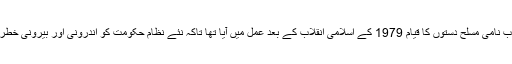
ایران میں محافظین انقلاب نامی مسلح دستوں کا قیام 1979 کے اسلامی انقلاب کے بعد عمل میں آیا تھا تاکہ نئے نظام حکومت کو اندرونی اور بیرونی خطرات سے بچایا جا سکے۔